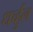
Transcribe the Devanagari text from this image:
धर्च्हुल